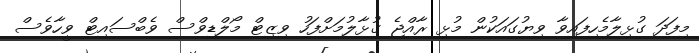
މިފަދަ ގުޅިލާމެހިފައިވާ ވިޔުގައަކުން މުޅި ރާއްޖެ ގުޅާލުމަށްފަހު ވިޒިޓް މޯލްޑިވްސް ވެބްސައިޓް ވީހާވެސް